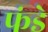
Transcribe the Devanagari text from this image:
फंडे